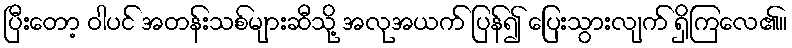
ပြီးတော့ ဝါပင် အတန်းသစ်များဆီသို့ အလုအယက် ပြန်၍ ပြေးသွားလျက် ရှိကြလေ၏။